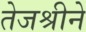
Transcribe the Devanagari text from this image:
तेजश्रीने